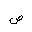
Letter: _sad